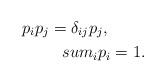
LaTeX: \begin{align*}p_{i} p_{j} = \delta_{ij} p_{j}, \ \ \ \ \ \ \ \\sum_{i} p_{i} = 1. \end{align*}